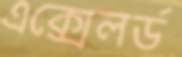
এক্সেলর্ড